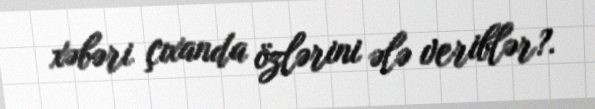
xəbəri çıxanda özlərini ələ veriblər?.